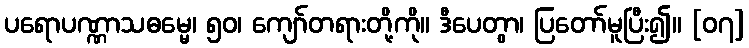
ပရောပဏ္ဏာသဓမ္မေ၊ ၅၀၊ ကျော်တရားတို့ကို။ ဒီပေတွာ၊ ပြတော်မူပြီး၍။ [၀၇]